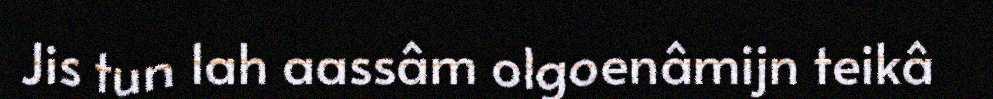
Jis tun lah aassâm olgoenâmijn teikâ